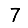
Digit: 7